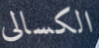
الكسالى